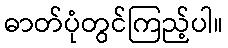
ဓာတ်ပုံတွင်ကြည့်ပါ။